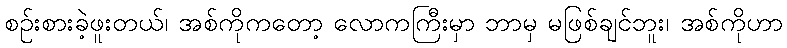
စဉ်းစားခဲ့ဖူးတယ်၊ အစ်ကိုကတော့ လောကကြီးမှာ ဘာမှ မဖြစ်ချင်ဘူး၊ အစ်ကိုဟာ